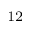
_ { 1 2 }